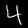
Label: 4